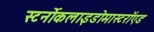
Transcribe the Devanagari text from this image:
स्टर्नोकलाइडोमास्टरॉएड